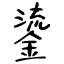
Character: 鎏